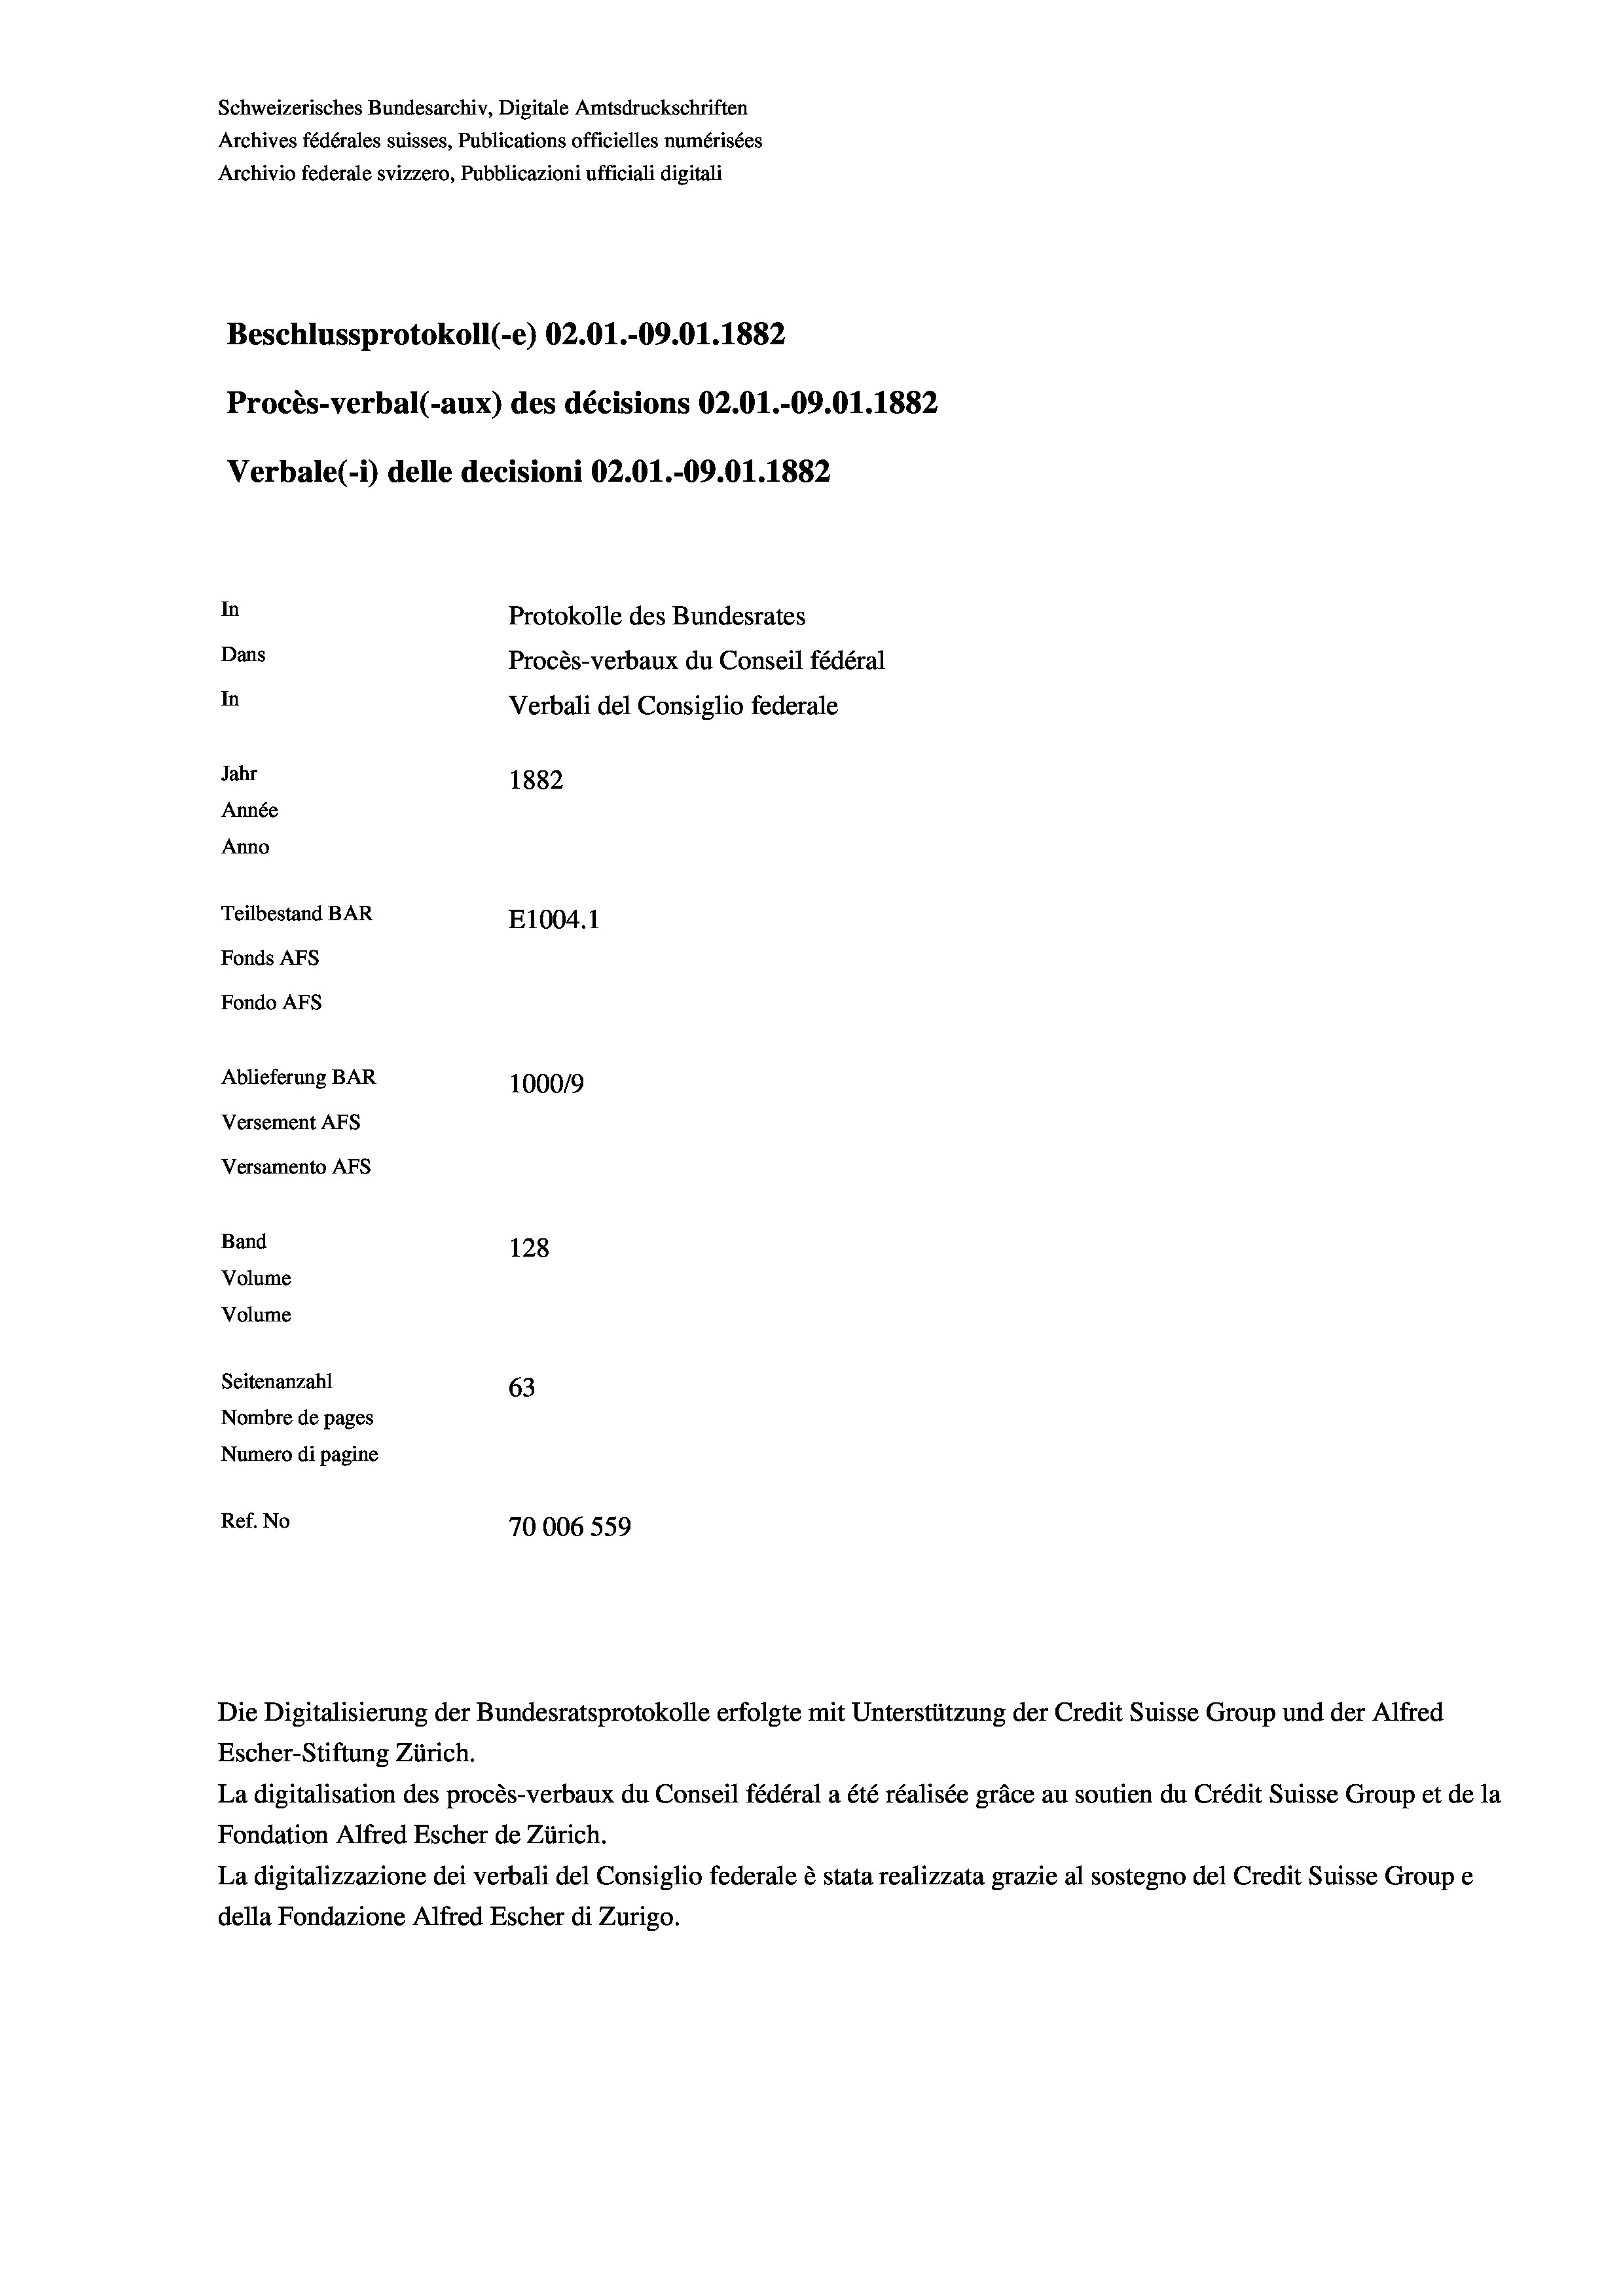
Schweizerisches Bundesarchiv, Digitale Amtsdruckschriften
Archives fédérales suisses, Publications officielles numérisées
Archivio federale svizzero, Pubblicazioni ufficiali digitali
Beschlussprotokoll (-e) 02.01.-09.01. 1882
Procès-verbal (-aux) des décisions 02.01.-09.01. 1882
Verbale(-*) delle decisioni 02.01.-09.01. 1882
In
Protokolle des Bundesrates
Dans
Procès-verbaux du Conseil fédéral
In
Verbali del Consiglio federale
Jahr
1882
Année
Anno
Teilbestand BAR
E1004. 1
Fonds AFs
Fondo Afs
Ablieferung BAR
100019
Versement AFs
Versamento Afs
Band
128
Volume
Volume
Seitenanzahl
63
Nombre de pages
Numero di pagine
Ref. No
70006559

Die Digitalisierung der Bundesratsprotokolle erfolgte mit Unterstützung der Credit Suisse Group und der Alfred
Escher-Stiftung Zürich.
La digitalisation des procès-verbaux du Conseil fédéral a été réalisée gräce au soutien du Crédit Suisse Group et de la
Fondation Alfred Escher de Zürich.
La digitalizzazione dei verbali del Consiglio federale è stata realizzata grazie al sostegno del Credit Suisse Groupe
della Fondazione Alfred Escher di Zurigo.